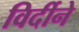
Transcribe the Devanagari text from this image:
विर्दीने